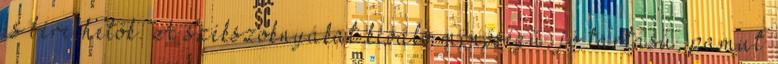
is bérelhetők. A székszoknyákat kiváló minőségű, jó tartású, pamut